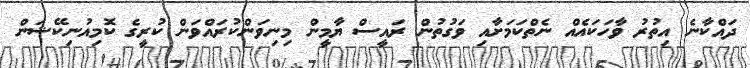
ދައްކާނެ އިތުރު ވާހަކައެއް ނެތްކަމަށާއި ވަގުތުން ރައީސް ޔާމީން މިނިވަންކުރައްވަން ކުރީގެ ކޮމިއުނިކޭޝަން